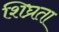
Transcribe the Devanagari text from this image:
शिघ्रता